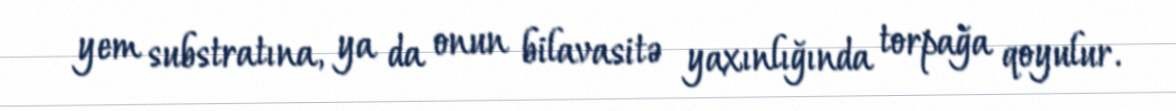
yem substratına, ya da onun bilavasitə yaxınlığında torpağa qoyulur.